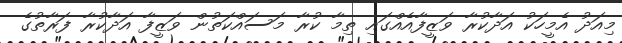
މިއަދު އެމީހަކު އަދާކުރާ ވަޒީފާއެއްގައި ތިމާ ކުރާ މަސައްކަތުން ވަޒީފާ އަދާކުރާ ފަރާތުގެ